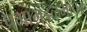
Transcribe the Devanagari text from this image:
प्रभामंडळमापक